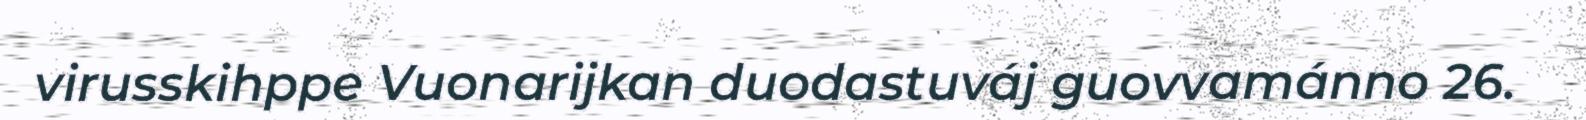
virusskihppe Vuonarijkan duodastuváj guovvamánno 26.